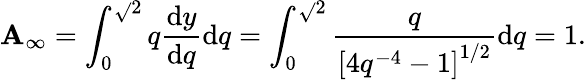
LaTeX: \mathbf{A}_{\infty}=\int_{0}^{\sqrt{}{{2}}}q\frac{{\mathrm{{d}}y}}{{\mathrm{{d}}q}}\mathrm{{d}}q=\int_{0}^{\sqrt{}{{2}}}\frac{{q}}{{\left[4q^{-4}-1\right]^{1/2}}}\mathrm{{d}}q=1.